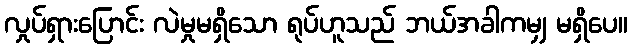
လှုပ်ရှားပြောင်း လဲမှုမရှိသော ရုပ်ဟူသည် ဘယ်အခါကမျှ မရှိပေ။